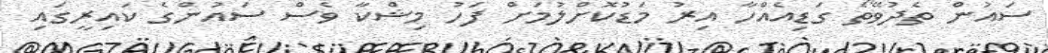
ސައުން ތެދުވޭތޯ ގަޑިއެއްހާ އިރު މަޑުކޮށްލުމަށް ފަހު މިޝްކާ ވެސް ސައުންގެ ކައިރީގައި